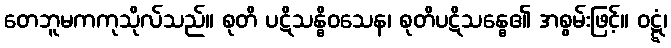
တေဘူမကကုသိုလ်သည်။ စုတိ ပဋိသန္ဓိဝသေန၊ စုတိပဋိသန္ဓေ၏ အစွမ်းဖြင့်။ ဝဋ္ဋံ၊